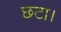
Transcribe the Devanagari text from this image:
छटा।